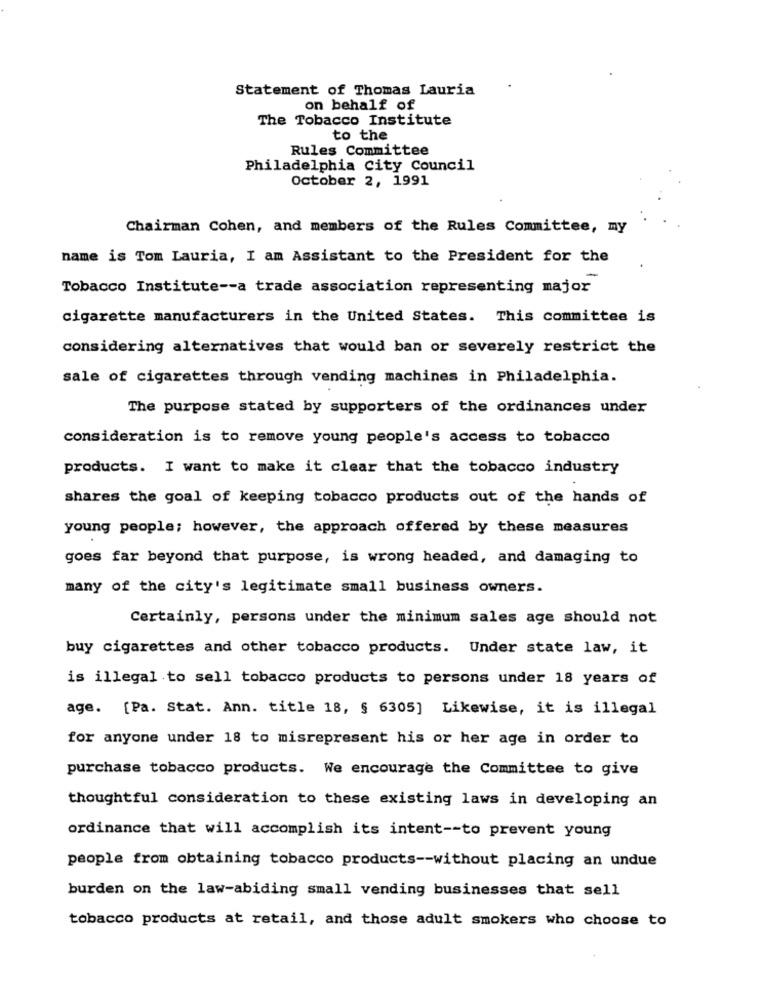
Statement of Thomas Lauria
on behalf of
The Tobacco Institute
to the
Rules Committee
Philadelphia City Council
October 2, 1991
Chairman Cohen, and members of the Rules Committee, my
name is Tom Lauria, I am Assistant to the President for the
Tobacco Institute -- a trade association representing major
cigarette manufacturers in the United States. This committee is
considering alternatives that would ban or severely restrict the
sale of cigarettes through vending machines in Philadelphia.
The purpose stated by supporters of the ordinances under
consideration is to remove young people's access to tobacco
products. I want to make it clear that the tobacco industry
shares the goal of keeping tobacco products out of the hands of
young people; however, the approach offered by these measures
goes far beyond that purpose, is wrong headed, and damaging to
many of the city's legitimate small business owners.
Certainly, persons under the minimum sales age should not
buy cigarettes and other tobacco products. Under state law, it
is illegal to sell tobacco products to persons under 18 years of
age. [Pa. Stat. Ann. title 18, § 6305] Likewise, it is illegal
for anyone under 18 to misrepresent his or her age in order to
purchase tobacco products. We encourage the Committee to give
thoughtful consideration to these existing laws in developing an
ordinance that will accomplish its intent -- to prevent young
people from obtaining tobacco products -- without placing an undue
burden on the law-abiding small vending businesses that sell
tobacco products at retail, and those adult smokers who choose to